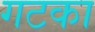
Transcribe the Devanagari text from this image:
गटका